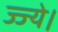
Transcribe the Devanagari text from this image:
ज्ज्ये।